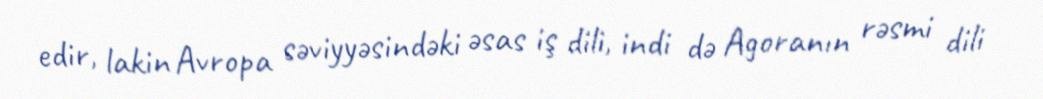
edir, lakin Avropa səviyyəsindəki əsas iş dili, indi də Agoranın rəsmi dili